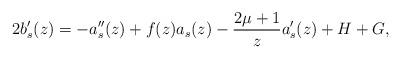
LaTeX: \begin{align*}2b_s'(z)=-a_s''(z)+f(z)a_s(z)-\frac{2\mu+1}{z}a_s'(z)+H+G,\end{align*}